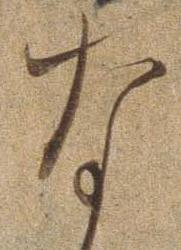
な